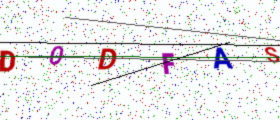
Text: D0DFAS